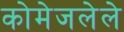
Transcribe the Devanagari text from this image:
कोमेजलेले